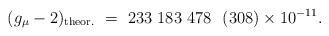
LaTeX: \begin{align*}(g_\mu-2)_{\rm theor.} ~=~ 233~ 183~ 478 ~~(308)\times 10^{-11}.\end{align*}